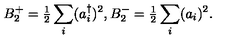
B _ { 2 } ^ { + } = { \textstyle { \frac { 1 } { 2 } } } \sum _ { i } ( a _ { i } ^ { \dagger } ) ^ { 2 } , B _ { 2 } ^ { - } = { \textstyle { \frac { 1 } { 2 } } } \sum _ { i } ( a _ { i } ) ^ { 2 } .